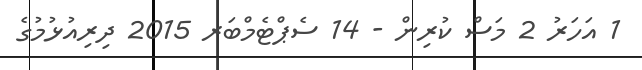
1 އަހަރު 2 މަސް ކުރިން - 14 ސެޕްޓެމްބަރ 2015 ދިރިއުޅުމުގެ